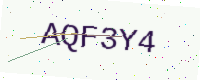
Text: AQF3Y4